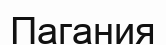
Пагания